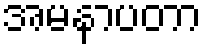
အမနာပတာ